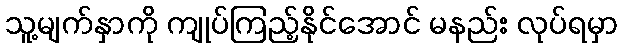
သူ့မျက်နှာကို ကျုပ်ကြည့်နိုင်အောင် မနည်း လုပ်ရမှာ